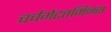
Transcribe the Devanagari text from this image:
चर्चगेटतर्मिनस